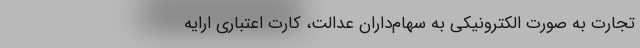
تجارت به صورت الکترونیکی به سهام‌داران عدالت، کارت اعتباری ارایه